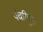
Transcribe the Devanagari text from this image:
पंचरिपूंना